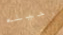
رحيله